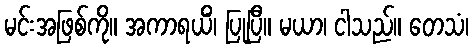
မင်းအဖြစ်ကို။ အကာရယိံ၊ ပြုပြီ။ မယာ၊ ငါသည်။ တေသံ၊